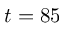
t = 8 5